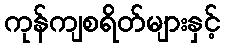
ကုန်ကျစရိတ်များနှင့်